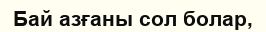
Бай азғаны сол болар,